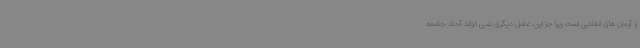
و آرمان های انقلابی است زیرا جز این، عامل دیگری نمی تواند آحاد جامعه